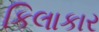
કિલાકાર